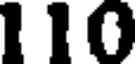
110